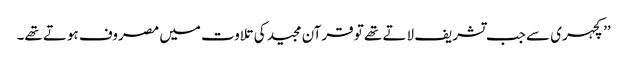
’’کچہری سے جب تشریف لاتے تھے تو قرآن مجید کی تلاوت میں مصروف ہوتے تھے۔